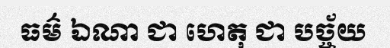
ធម៌ ឯណា ជា ហេតុ ជា បច្ច័យ